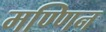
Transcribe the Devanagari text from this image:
मण्णिन